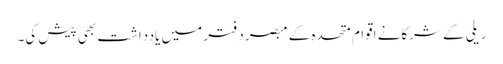
ریلی کے شرکانے اقوام متحدہ کے مبصردفتر میں یادداشت بھی پیش کی۔